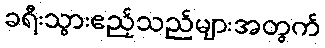
ခရီးသွားဧည့်သည်များအတွက်